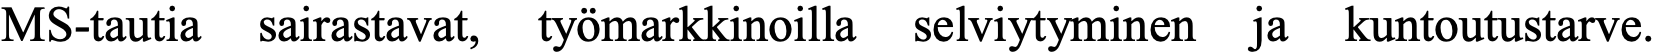
MS-tautia sairastavat, työmarkkinoilla selviytyminen ja kuntoutustarve.